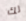
لك